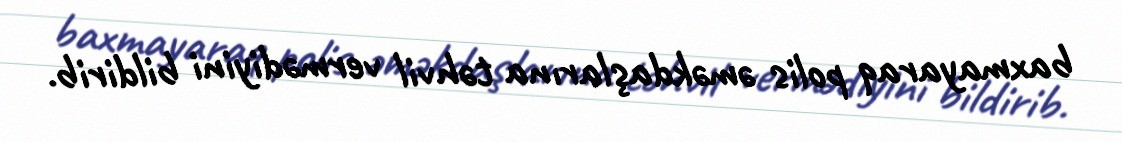
baxmayaraq polis əməkdaşlarına təhvil vermədiyini bildirib.